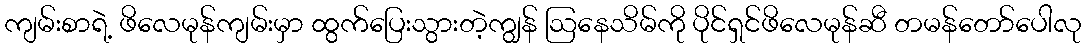
ကျမ်းစာရဲ့ ဖိလေမုန်ကျမ်းမှာ ထွက်ပြေးသွားတဲ့ကျွန် ဩနေသိမ်ကို ပိုင်ရှင်ဖိလေမုန်ဆီ တမန်တော်ပေါလု